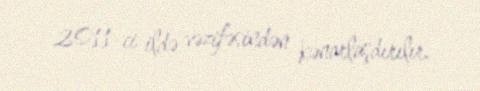
2011-ci ildə vəzifəsindən kənarlaşdırılır.